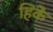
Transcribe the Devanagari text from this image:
हिकें